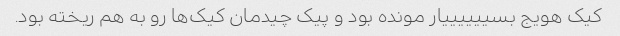
کیک هویج بسییییییار مونده بود و پیک چیدمان کیک‌ها رو به هم ریخته بود.